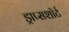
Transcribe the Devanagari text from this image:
ड्राप्सशॉर्ट